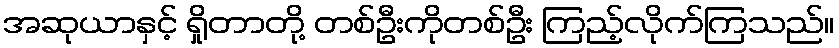
အဆုယာနှင့် ရှိုတာတို့ တစ်ဦးကိုတစ်ဦး ကြည့်လိုက်ကြသည်။